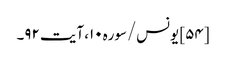
[۵۴] یونس/سوره۱۰، آیت ۹۲۔